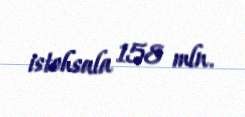
istehsala 158 mln.